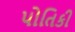
પોતિકી